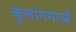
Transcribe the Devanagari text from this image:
कुलांगनाओं